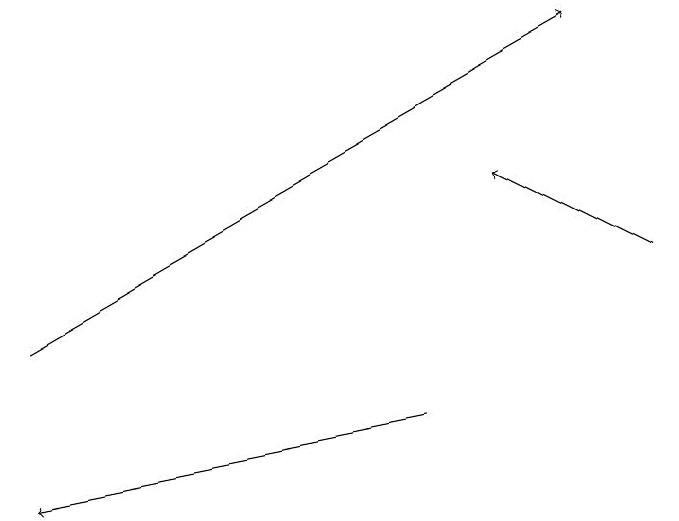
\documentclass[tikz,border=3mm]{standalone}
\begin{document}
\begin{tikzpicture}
\draw[->] (1,12) -- (8,16);
\draw[->] (6,11) -- (1,10);
\draw[->] (9,13) -- (7,14);
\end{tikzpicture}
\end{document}